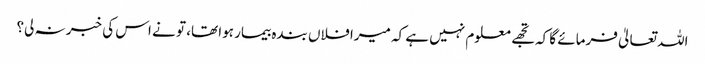
اللہ تعالیٰ فرمائے گا کہ تجھے معلوم نہیں ہے کہ میرا فلاں بندہ بیمار ہوا تھا، تو نے اس کی خبر نہ لی؟